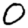
Digit: 0